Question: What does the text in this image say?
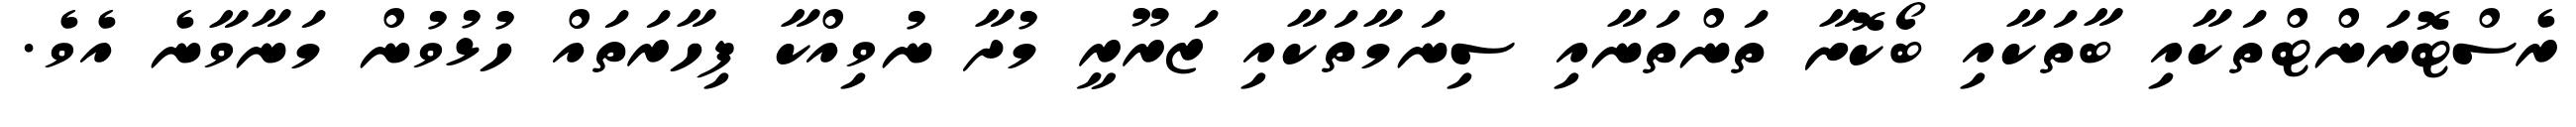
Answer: ރެސްޓޮރަންޓްތަކާއި ބާތަކާއި ބޯކޮށާ ތަންތަނާއި ސިނަމާތަކާއި ޒަރޫރީ މުދާ ނުވިއްކާ ފިހާރަތައް ހުޅުވުން މަނާވާނެ އެވެ.